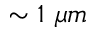
\sim 1 \ \mu m